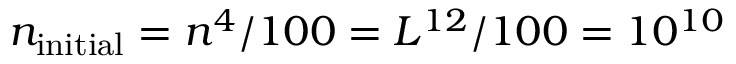
n _ { \mathrm { { i n i t i a l } } } = n ^ { 4 } / 1 0 0 = L ^ { 1 2 } / 1 0 0 = 1 0 ^ { 1 0 }